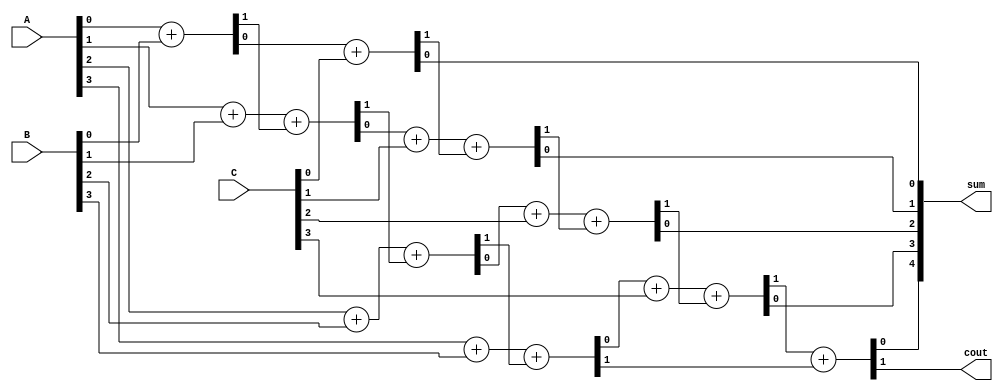
module CarrySaveAdder(
    input [3:0] A,  // First operand
    input [3:0] B,  // Second operand
    input [3:0] C,  // Third operand
    output [4:0] sum, // Final sum output
    output cout      // Carry out
);
    wire [4:0] sum1, sum2; // Intermediate sums
    wire [4:0] carry1, carry2; // Intermediate carries

    // First stage of full adders for A and B
    assign {carry1[0], sum1[0]} = A[0] + B[0]; // LSB
    assign {carry1[1], sum1[1]} = A[1] + B[1] + carry1[0];
    assign {carry1[2], sum1[2]} = A[2] + B[2] + carry1[1];
    assign {carry1[3], sum1[3]} = A[3] + B[3] + carry1[2];

    // Second stage of full adders for sum1 and C
    assign {carry2[0], sum2[0]} = sum1[0] + C[0]; // LSB
    assign {carry2[1], sum2[1]} = sum1[1] + C[1] + carry2[0];
    assign {carry2[2], sum2[2]} = sum1[2] + C[2] + carry2[1];
    assign {carry2[3], sum2[3]} = sum1[3] + C[3] + carry2[2];

    // Final carry propagation
    assign {cout, sum[4]} = carry2[3] + carry1[3]; // Last carry out
    assign sum[3:0] = sum2[3:0];

endmodule